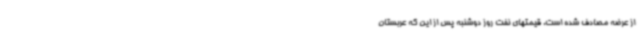
از عرضه مصادف شده است. قیمتهای نفت روز دوشنبه پس از این که عربستان